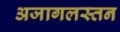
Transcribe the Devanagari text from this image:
अजागलस्तन